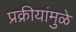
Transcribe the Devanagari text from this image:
प्रक्रीयांमुळे